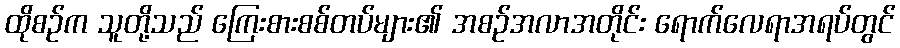
ထိုစဉ်က သူတို့သည် ကြေးစားစစ်တပ်များ၏ အစဉ်အလာအတိုင်း ရောက်လေရာအရပ်တွင်